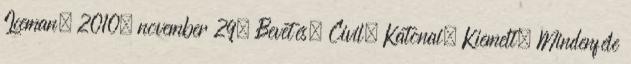
Iceman, 2010. november 29. Bevetés, Civil, Katonai, Kiemelt, Mindenféle